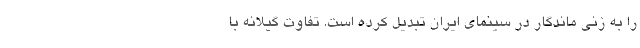
را به زني ماندگار در سينماي ايران تبديل کرده است. تفاوت گيلانه با